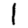
Digit: 1